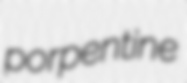
porpentine